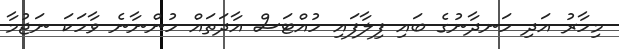
މިހާރު އަދި ހަނދާނުގެ ބައި ފިލާފައި ހުއްޓަސް އާދަތައް ހުންނާނެ ވާހަކަ ނަޖުމާ